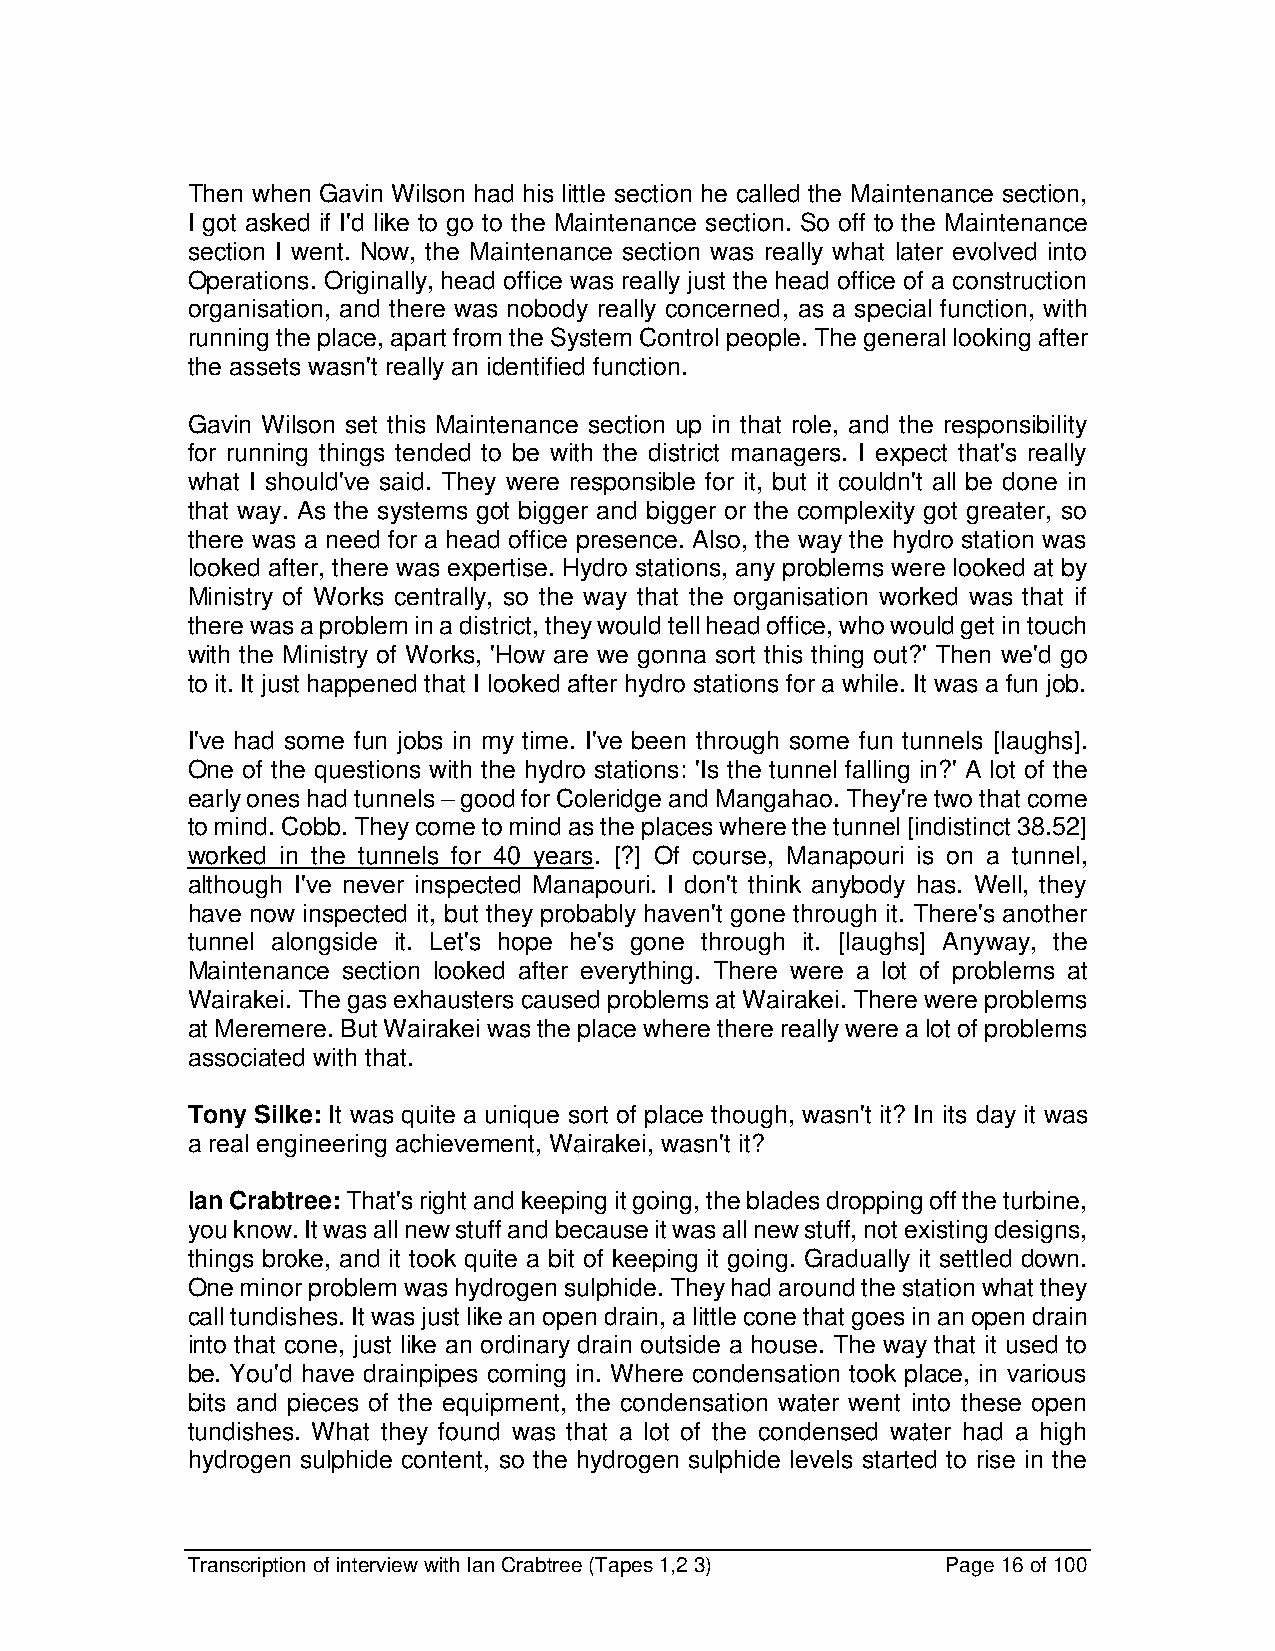
Then when Gavin Wilson had his little section he called the Maintenance section,
 I got asked if I'd like to go to the Maintenance section. So off to the Maintenance
 section I went. Now, the Maintenance section was really what later evolved into
 Operations. Originally, head office was really just the head office of a construction
 organisation, and there was nobody really concerned, as a special function, with
 running the place, apart from the System Control people. The general looking after
 the assets wasn't really an identified function.
 Gavin Wilson set this Maintenance section up in that role, and the responsibility
 for running things tended to be with the district managers. I expect that's really
 what I should've said. They were responsible for it, but it couldn't all be done in
 that way. As the systems got bigger and bigger or the complexity got greater, so
 there was a need for a head office presence. Also, the way the hydro station was
 looked after, there was expertise. Hydro stations, any problems were looked at by
 Ministry of Works centrally, so the way that the organisation worked was that if
 there was a problem in a district, they would tell head office, who would get in touch
 with the Ministry of Works, 'How are we gonna sort this thing out?' Then we'd go
 to it. It just happened that I looked after hydro stations for a while. It was a fun job.
 I've had some fun jobs in my time. I've been through some fun tunnels [laughs].
 One of the questions with the hydro stations: 'Is the tunnel falling in?' A lot of the
 early ones had tunnels – good for Coleridge and Mangahao. They're two that come
 to mind. Cobb. They come to mind as the places where the tunnel [indistinct 38.52]
 worked in the tunnels for 40 years. [?] Of course, Manapouri is on a tunnel,
 although I've never inspected Manapouri. I don't think anybody has. Well, they
 have now inspected it, but they probably haven't gone through it. There's another
 tunnel alongside it. Let's hope he's gone through it. [laughs] Anyway, the
 Maintenance section looked after everything. There were a lot of problems at
 Wairakei. The gas exhausters caused problems at Wairakei. There were problems
 at Meremere. But Wairakei was the place where there really were a lot of problems
 associated with that.
 Tony Silke: It was quite a unique sort of place though, wasn't it? In its day it was
 a real engineering achievement, Wairakei, wasn't it?
 Ian Crabtree: That's right and keeping it going, the blades dropping off the turbine,
 you know. It was all new stuff and because it was all new stuff, not existing designs,
 things broke, and it took quite a bit of keeping it going. Gradually it settled down.
 One minor problem was hydrogen sulphide. They had around the station what they
 call tundishes. It was just like an open drain, a little cone that goes in an open drain
 into that cone, just like an ordinary drain outside a house. The way that it used to
 be. You'd have drainpipes coming in. Where condensation took place, in various
 bits and pieces of the equipment, the condensation water went into these open
 tundishes. What they found was that a lot of the condensed water had a high
 hydrogen sulphide content, so the hydrogen sulphide levels started to rise in the
 Transcription of interview with Ian Crabtree (Tapes 1,2 3) Page 16 of 100